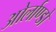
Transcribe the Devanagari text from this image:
ओर्लाण्डो